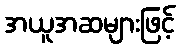
အယူအဆများဖြင့်